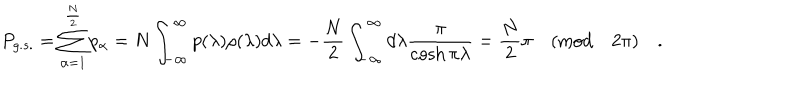
P _ { g . s . } = \sum _ { \alpha = 1 } ^ { \frac { N } { 2 } } p _ { \alpha } = N \int _ { - \infty } ^ { \infty } p ( \lambda ) \rho ( \lambda ) d \lambda = - \frac { N } { 2 } \int _ { - \infty } ^ { \infty } d \lambda \frac { \pi } { \cosh \pi \lambda } = \frac { N } { 2 } \pi \quad ( \mathrm { m o d } \quad 2 \pi ) \quad .